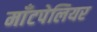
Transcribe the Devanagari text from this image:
माँटपेलियर